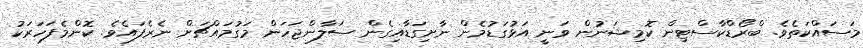
މަސައްކަތެވެ. ބްރޯޑްކާސްޓިން ކޮމިޝަނުން ވަނީ އަޅުގަޑުމެން ނާށިގަޑާއިގެން ސަލާންޖަހަން މަގުމައްޗަށް ނެރެފައެވެ. ކޮންމެފަހަރަކު